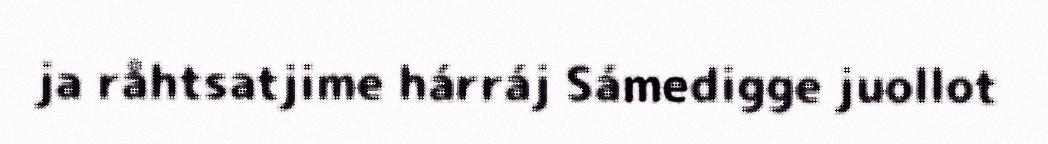
ja råhtsatjime hárráj Sámedigge juollot